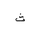
Letter: _tha